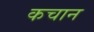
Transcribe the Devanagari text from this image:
कचान